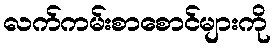
လက်ကမ်းစာစောင်များကို